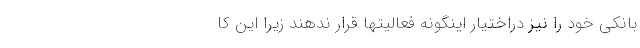
بانکی خود را نیز دراختیار اینگونه فعالیتها قرار ندهند زیرا این کا